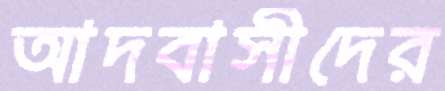
আদবাসীদের